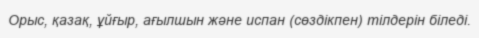
Орыс, қазақ, ұйғыр, ағылшын және испан (сөздікпен) тілдерін біледі.